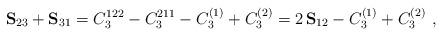
LaTeX: \begin{align*} \mathbf S_{23}+\mathbf S_{31} = C_3^{122}-C_3^{211}-C_3^{(1)}+C_3^{(2)} = 2\,\mathbf S_{12}-C_3^{(1)}+C_3^{(2)}\ ,\end{align*}